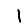
Digit: 1